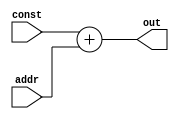
module add(addr, const, out);
    output [31:0] out;
    input [31:0] addr, const;
    assign out = const + addr;
endmodule